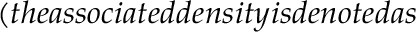
( t h e a s s o c i a t e d d e n s i t y i s d e n o t e d a s